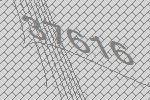
37616